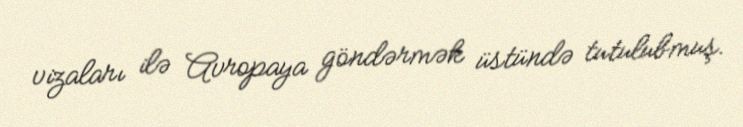
vizaları ilə Avropaya göndərmək üstündə tutulubmuş.